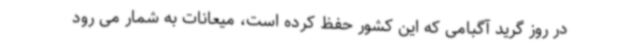
در روز گرید آگبامی که این کشور حفظ کرده است، میعانات به شمار می رود